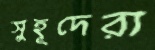
সুহূদেরা